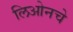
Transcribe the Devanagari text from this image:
लिओनचे